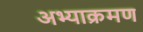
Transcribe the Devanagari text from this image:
अभ्याक्रमण